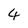
Character: 4